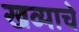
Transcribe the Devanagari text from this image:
खव्याचे